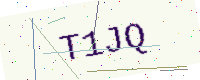
Text: T1JQ